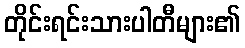
တိုင်းရင်းသားပါတီများ၏